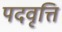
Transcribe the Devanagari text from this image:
पदवृत्ति